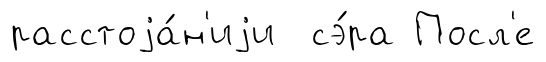
расстоjа́н'иjи сэ́ра Посл'е